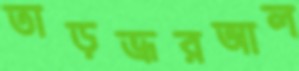
তাড়ভ্রূরআল